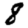
Digit: 8